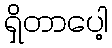
ရှိတာပေါ့